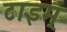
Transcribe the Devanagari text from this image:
टाइम्